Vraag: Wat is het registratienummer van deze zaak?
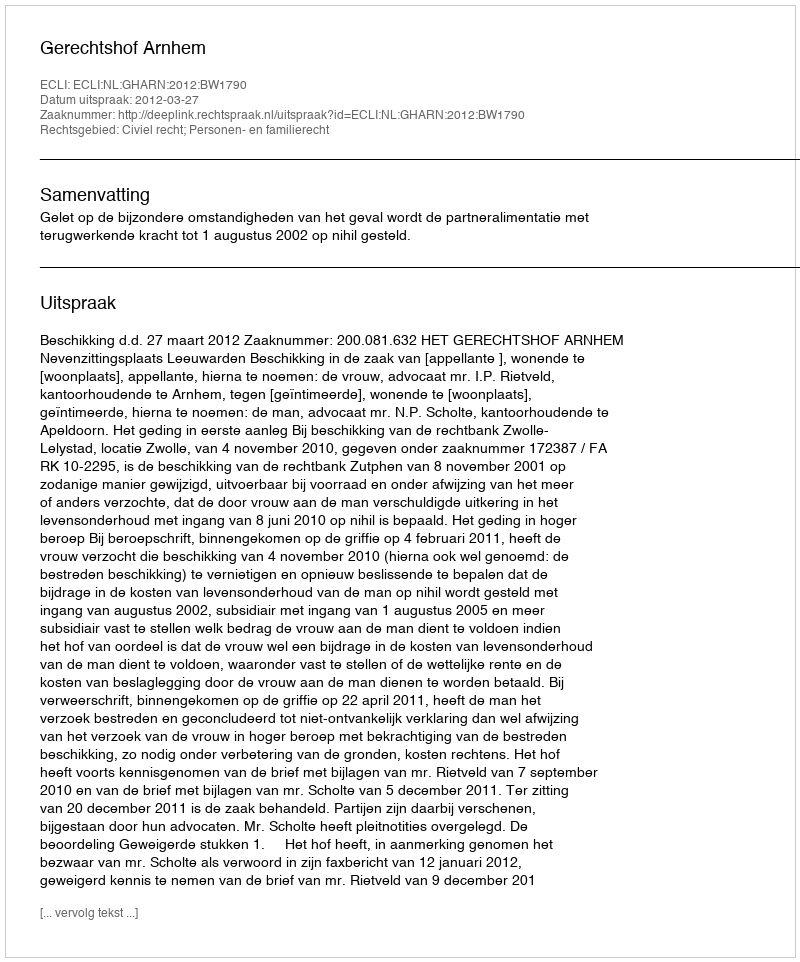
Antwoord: http://deeplink.rechtspraak.nl/uitspraak?id=ECLI:NL:GHARN:2012:BW1790